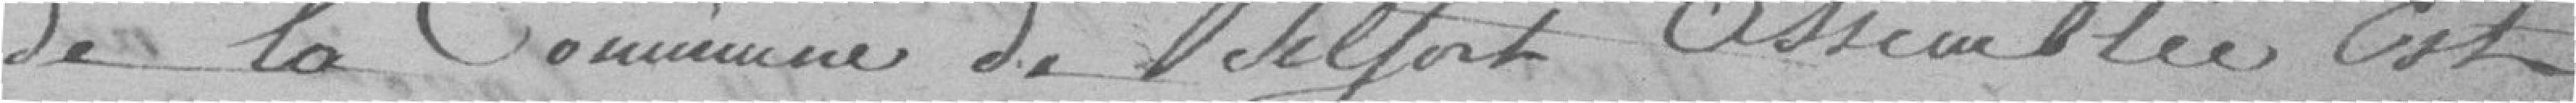
De la commune de Belfort assemblée est